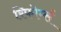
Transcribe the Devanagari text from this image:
रिफोर्म्स